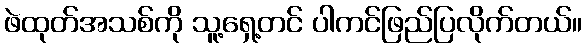
ဖဲထုတ်အသစ်ကို သူ့ရှေ့တင် ပါကင်ဖြည်ပြလိုက်တယ်။